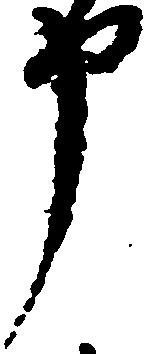
申